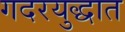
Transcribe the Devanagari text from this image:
गदरयुद्धात